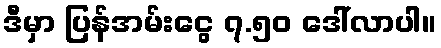
ဒီမှာ ပြန်အမ်းငွေ ၇.၅၀ ဒေါ်လာပါ။